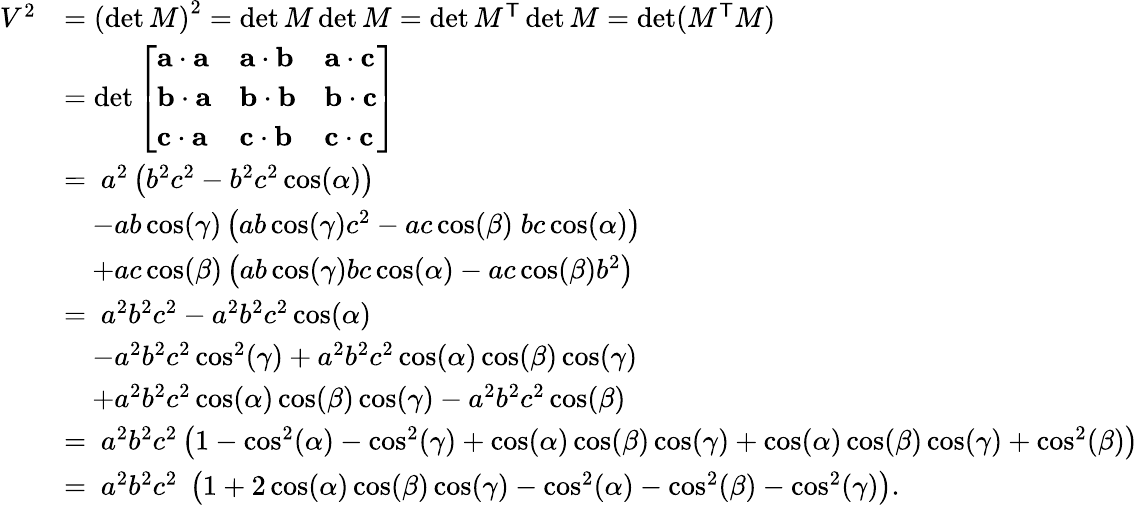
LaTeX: {\begin{array}{rl}{V^{2}}&{=\left(\operatorname*{det}M\right)^{2}=\operatorname*{det}M\operatorname*{det}M=\operatorname*{det}M^{\mathsf{T}}\operatorname*{det}M=\operatorname*{det}(M^{\mathsf{T}}M)}\\ &{=\operatorname*{det}{\left[\begin{array}{lll}{\mathbf{a}\cdot\mathbf{a}}&{\mathbf{a}\cdot\mathbf{b}}&{\mathbf{a}\cdot\mathbf{c}}\\ {\mathbf{b}\cdot\mathbf{a}}&{\mathbf{b}\cdot\mathbf{b}}&{\mathbf{b}\cdot\mathbf{c}}\\ {\mathbf{c}\cdot\mathbf{a}}&{\mathbf{c}\cdot\mathbf{b}}&{\mathbf{c}\cdot\mathbf{c}}\end{array}\right]}}\\ &{=\ a^{2}\left(b^{2}c^{2}-b^{2}c^{2}\cos(\alpha)\right)}\\ &{\quad-ab\cos(\gamma)\left(ab\cos(\gamma)c^{2}-ac\cos(\beta)\; bc\cos(\alpha)\right)}\\ &{\quad+ac\cos(\beta)\left(ab\cos(\gamma)bc\cos(\alpha)-ac\cos(\beta)b^{2}\right)}\\ &{=\ a^{2}b^{2}c^{2}-a^{2}b^{2}c^{2}\cos(\alpha)}\\ &{\quad-a^{2}b^{2}c^{2}\cos^{2}(\gamma)+a^{2}b^{2}c^{2}\cos(\alpha)\cos(\beta)\cos(\gamma)}\\ &{\quad+a^{2}b^{2}c^{2}\cos(\alpha)\cos(\beta)\cos(\gamma)-a^{2}b^{2}c^{2}\cos(\beta)}\\ &{=\ a^{2}b^{2}c^{2}\left(1-\cos^{2}(\alpha)-\cos^{2}(\gamma)+\cos(\alpha)\cos(\beta)\cos(\gamma)+\cos(\alpha)\cos(\beta)\cos(\gamma)+\cos^{2}(\beta)\right)}\\ &{=\ a^{2}b^{2}c^{2}\; \left(1+2\cos(\alpha)\cos(\beta)\cos(\gamma)-\cos^{2}(\alpha)-\cos^{2}(\beta)-\cos^{2}(\gamma)\right).}\end{array}}